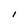
Character: 1